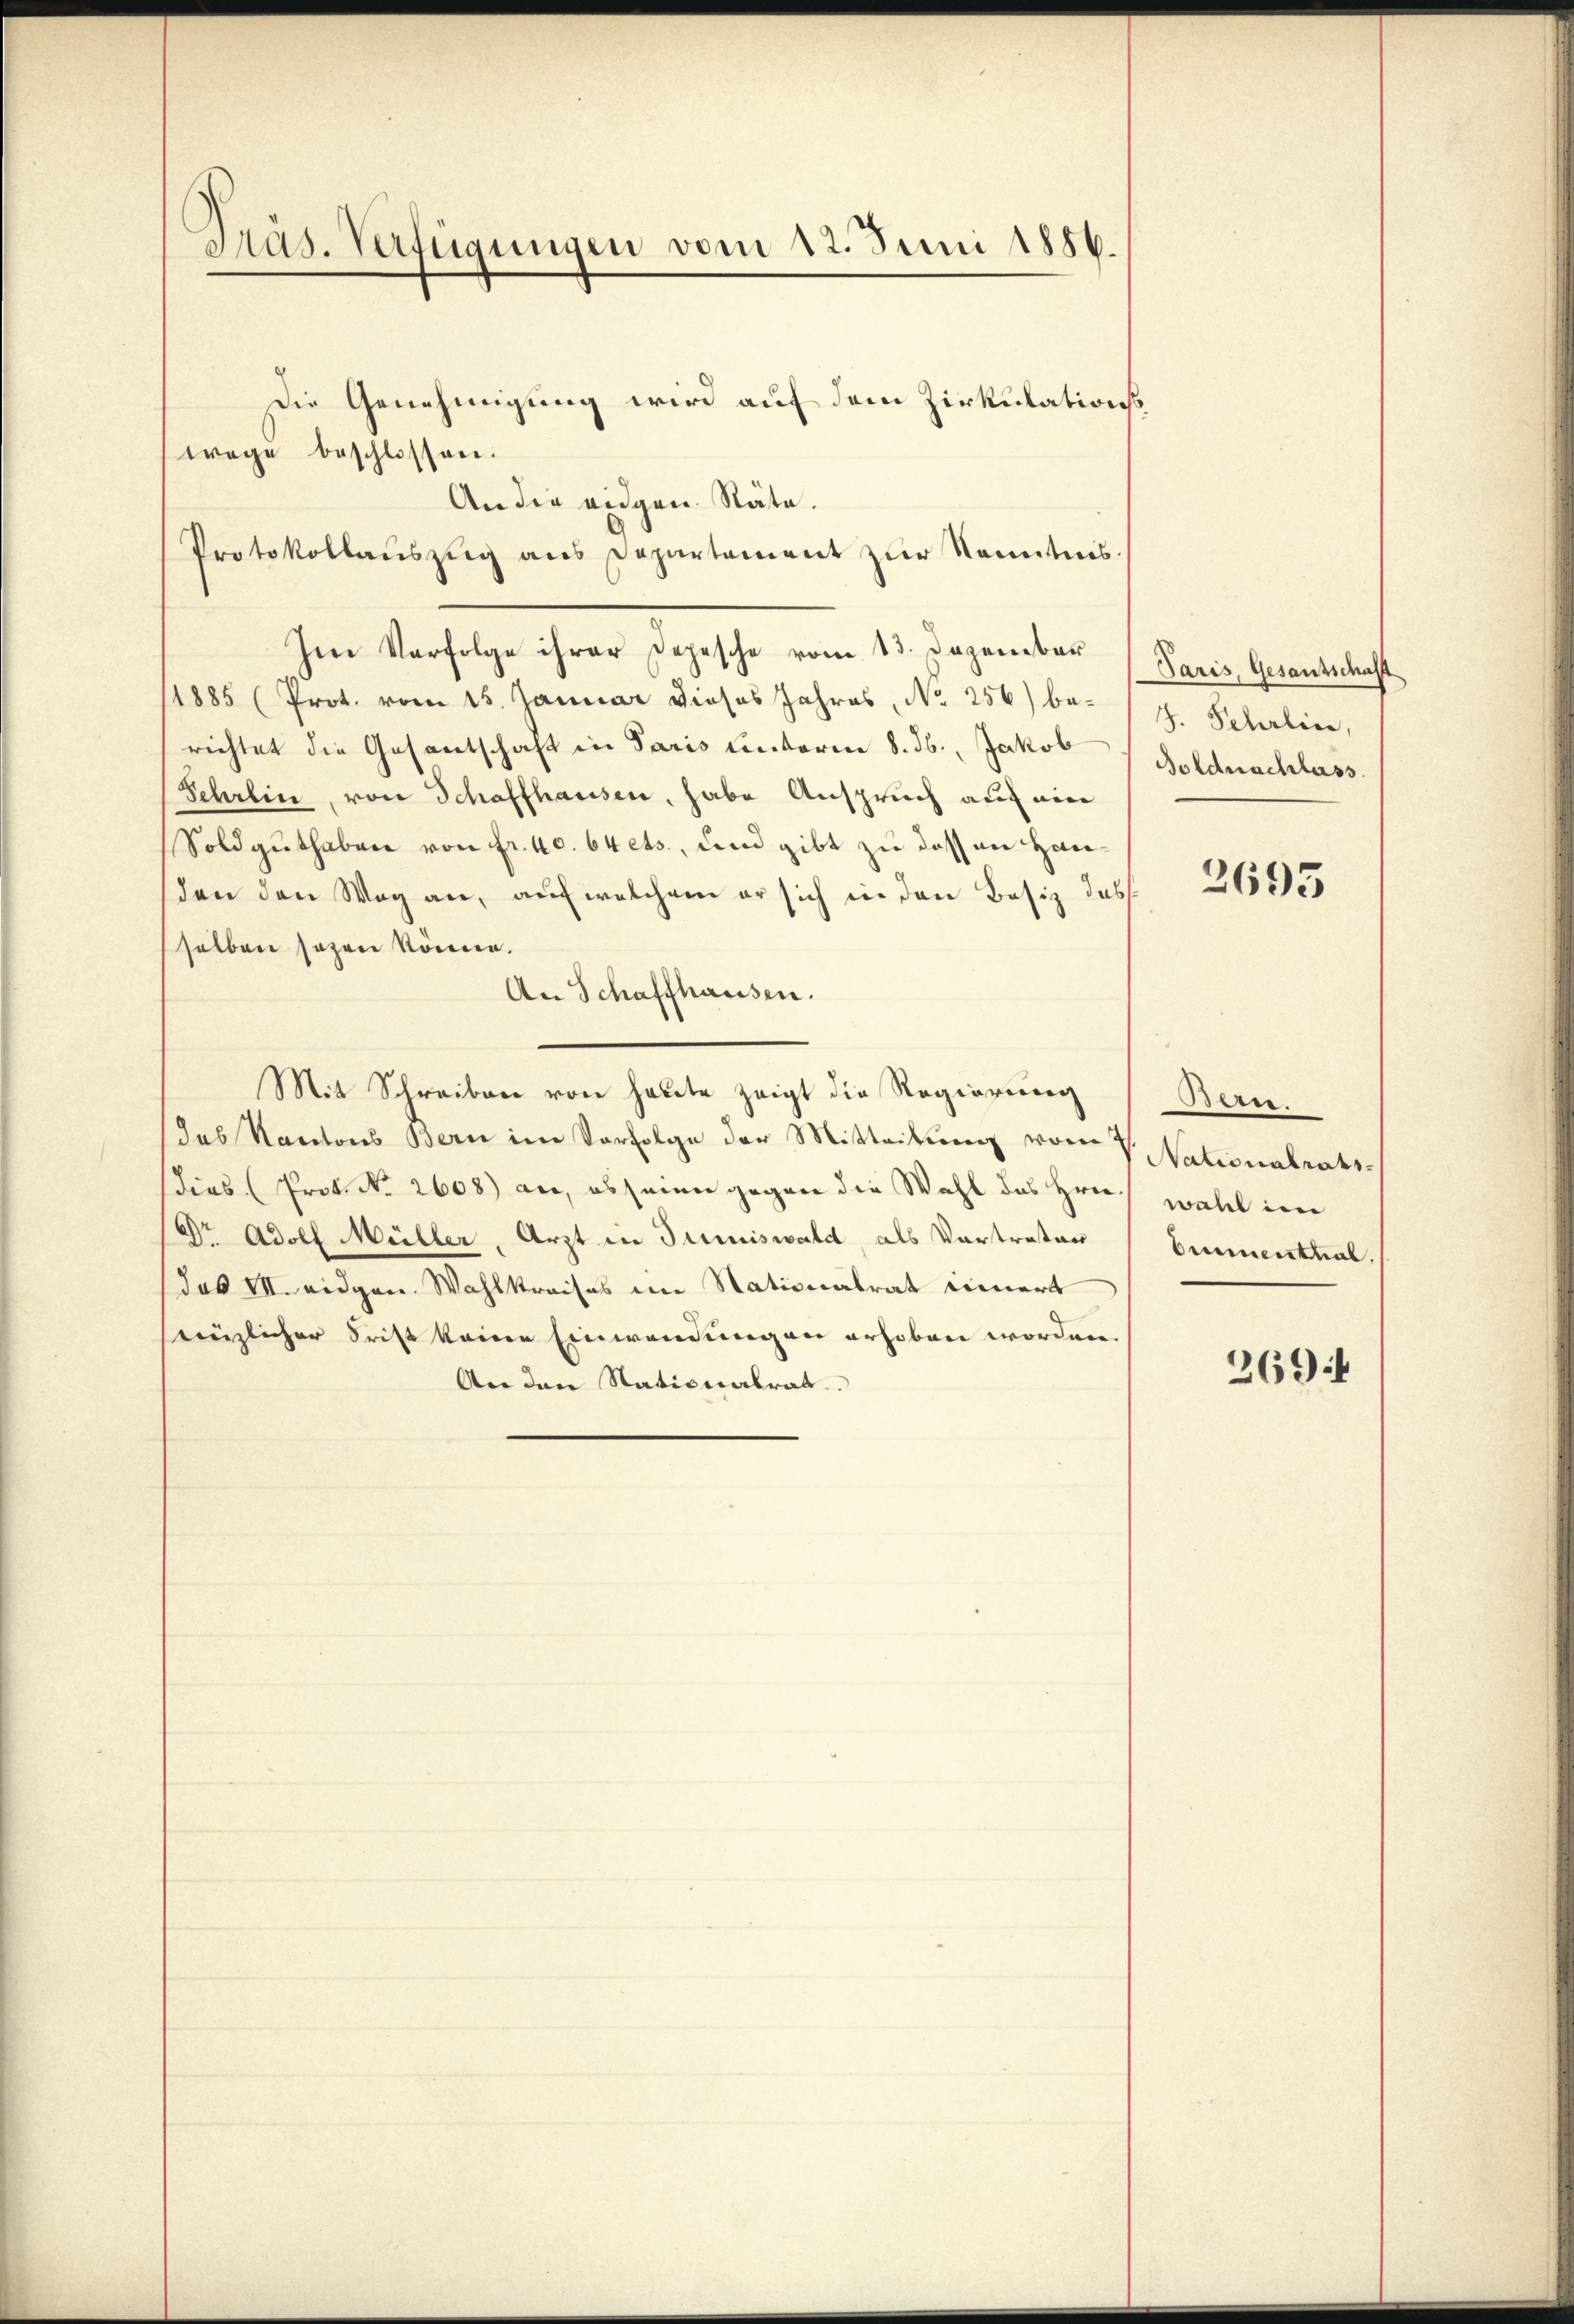
Präs. Verfügungen vom 12. Juni 1856.

wege beschlossen.
Protokollaŭszŭg ans Departement zŭr Kenntnis.
Im Verfolge ihrer Depesche vom 13. Dezember
1885 (Prot. vom 15. Januar dieses Jahres, No 256) berichtet die Gesantschaft in Paris unterm 8. ds., Jakob
Schrein, von Schaffhausen, habe Anspruch auf eine
Soldguthaben von fr. 40. 64 ets, und gibt zu das an Handen den Weg an, auf welchem er sich in den Besiz dass
selben sogen könne.
An Schaffhausen.
Mit Schreiben von heute zeigt die Regierung
das Kantons Bern im Verfolge der Mitteilung vom V. Nationalrats-
dias (Prot. No. 2608) an, ob seien gegen die Wahl des Hrn.
Dr Adolf Müller, Arzt in Juniswald, als Vortreten
das VII. eidgen. Wahlkreises im Stationalrat innert
inzlicher Frist keine Einwendungen erhoben worden.
An den Nationalrat.

Die Genehmigung wird auf dem Zirkulations
An die eidgen. Räte.

Paris, Gesantschaft
J. Scherlier,
Soldnachlass

2695

Bern.
wahl im
bnementual
2694